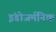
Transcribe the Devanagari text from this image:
इंडोजर्मनिक